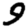
Digit: 9